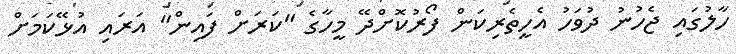
ހާލުގައި ޖެހުނު ދުވަހު އެހީތެރިކަން ފޯރުކޮށްދޭ މީހާގެ "ކަރަށް ފައިން" އަރައި އުޅޭކަމަށް